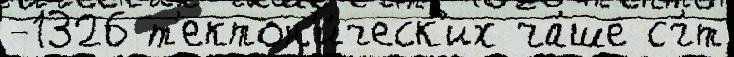
-1326 т'ектон'и́ческ'их ча́ше сч́т